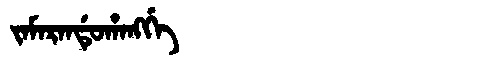
Manchu: ᠵᠠᠮᠠᡵᠠᠨᡩᡠᡥᠠᠩᡤᡝ
Romanization: JAMARANDUHANGGE